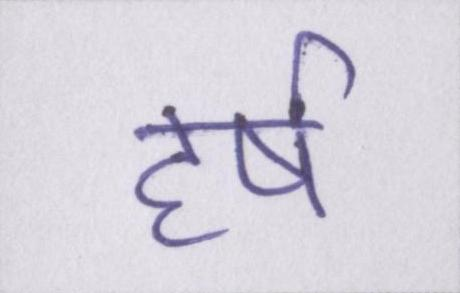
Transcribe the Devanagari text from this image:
हर्ष